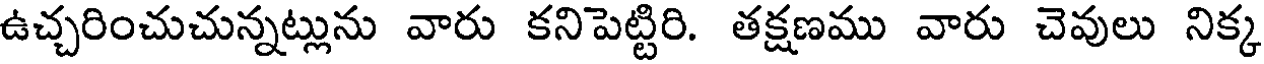
ఉచ్చరించుచున్నట్లును వారు కనిపెట్టిరి. తక్షణము వారు చెవులు నిక్క